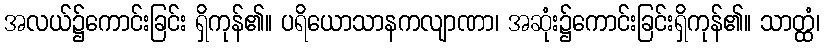
အလယ်၌ကောင်းခြင်း ရှိကုန်၏။ ပရိယောသာနကလျာဏာ၊ အဆုံး၌ကောင်းခြင်းရှိကုန်၏။ သာတ္ထံ၊